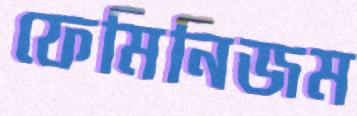
ফেমিনিজম